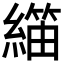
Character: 𬗺